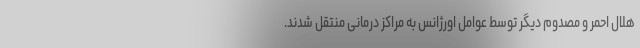
هلال احمر و مصدوم دیگر توسط عوامل اورژانس به مراکز درمانی منتقل شدند.